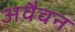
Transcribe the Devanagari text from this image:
अवैवन